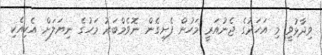
ވިދާޅުވީ މި އަހަރުގެ ޖެނުއަރީ މަހުން ފެށިގެން ނޮވެމްބަރު މަހުގެ ނިޔަލަށް އެކިއެކި